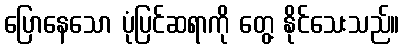
ပြောနေသော ပုံပြင်ဆရာကို တွေ့ နိုင်သေးသည်။